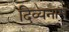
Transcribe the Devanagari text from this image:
दिव्यनाम